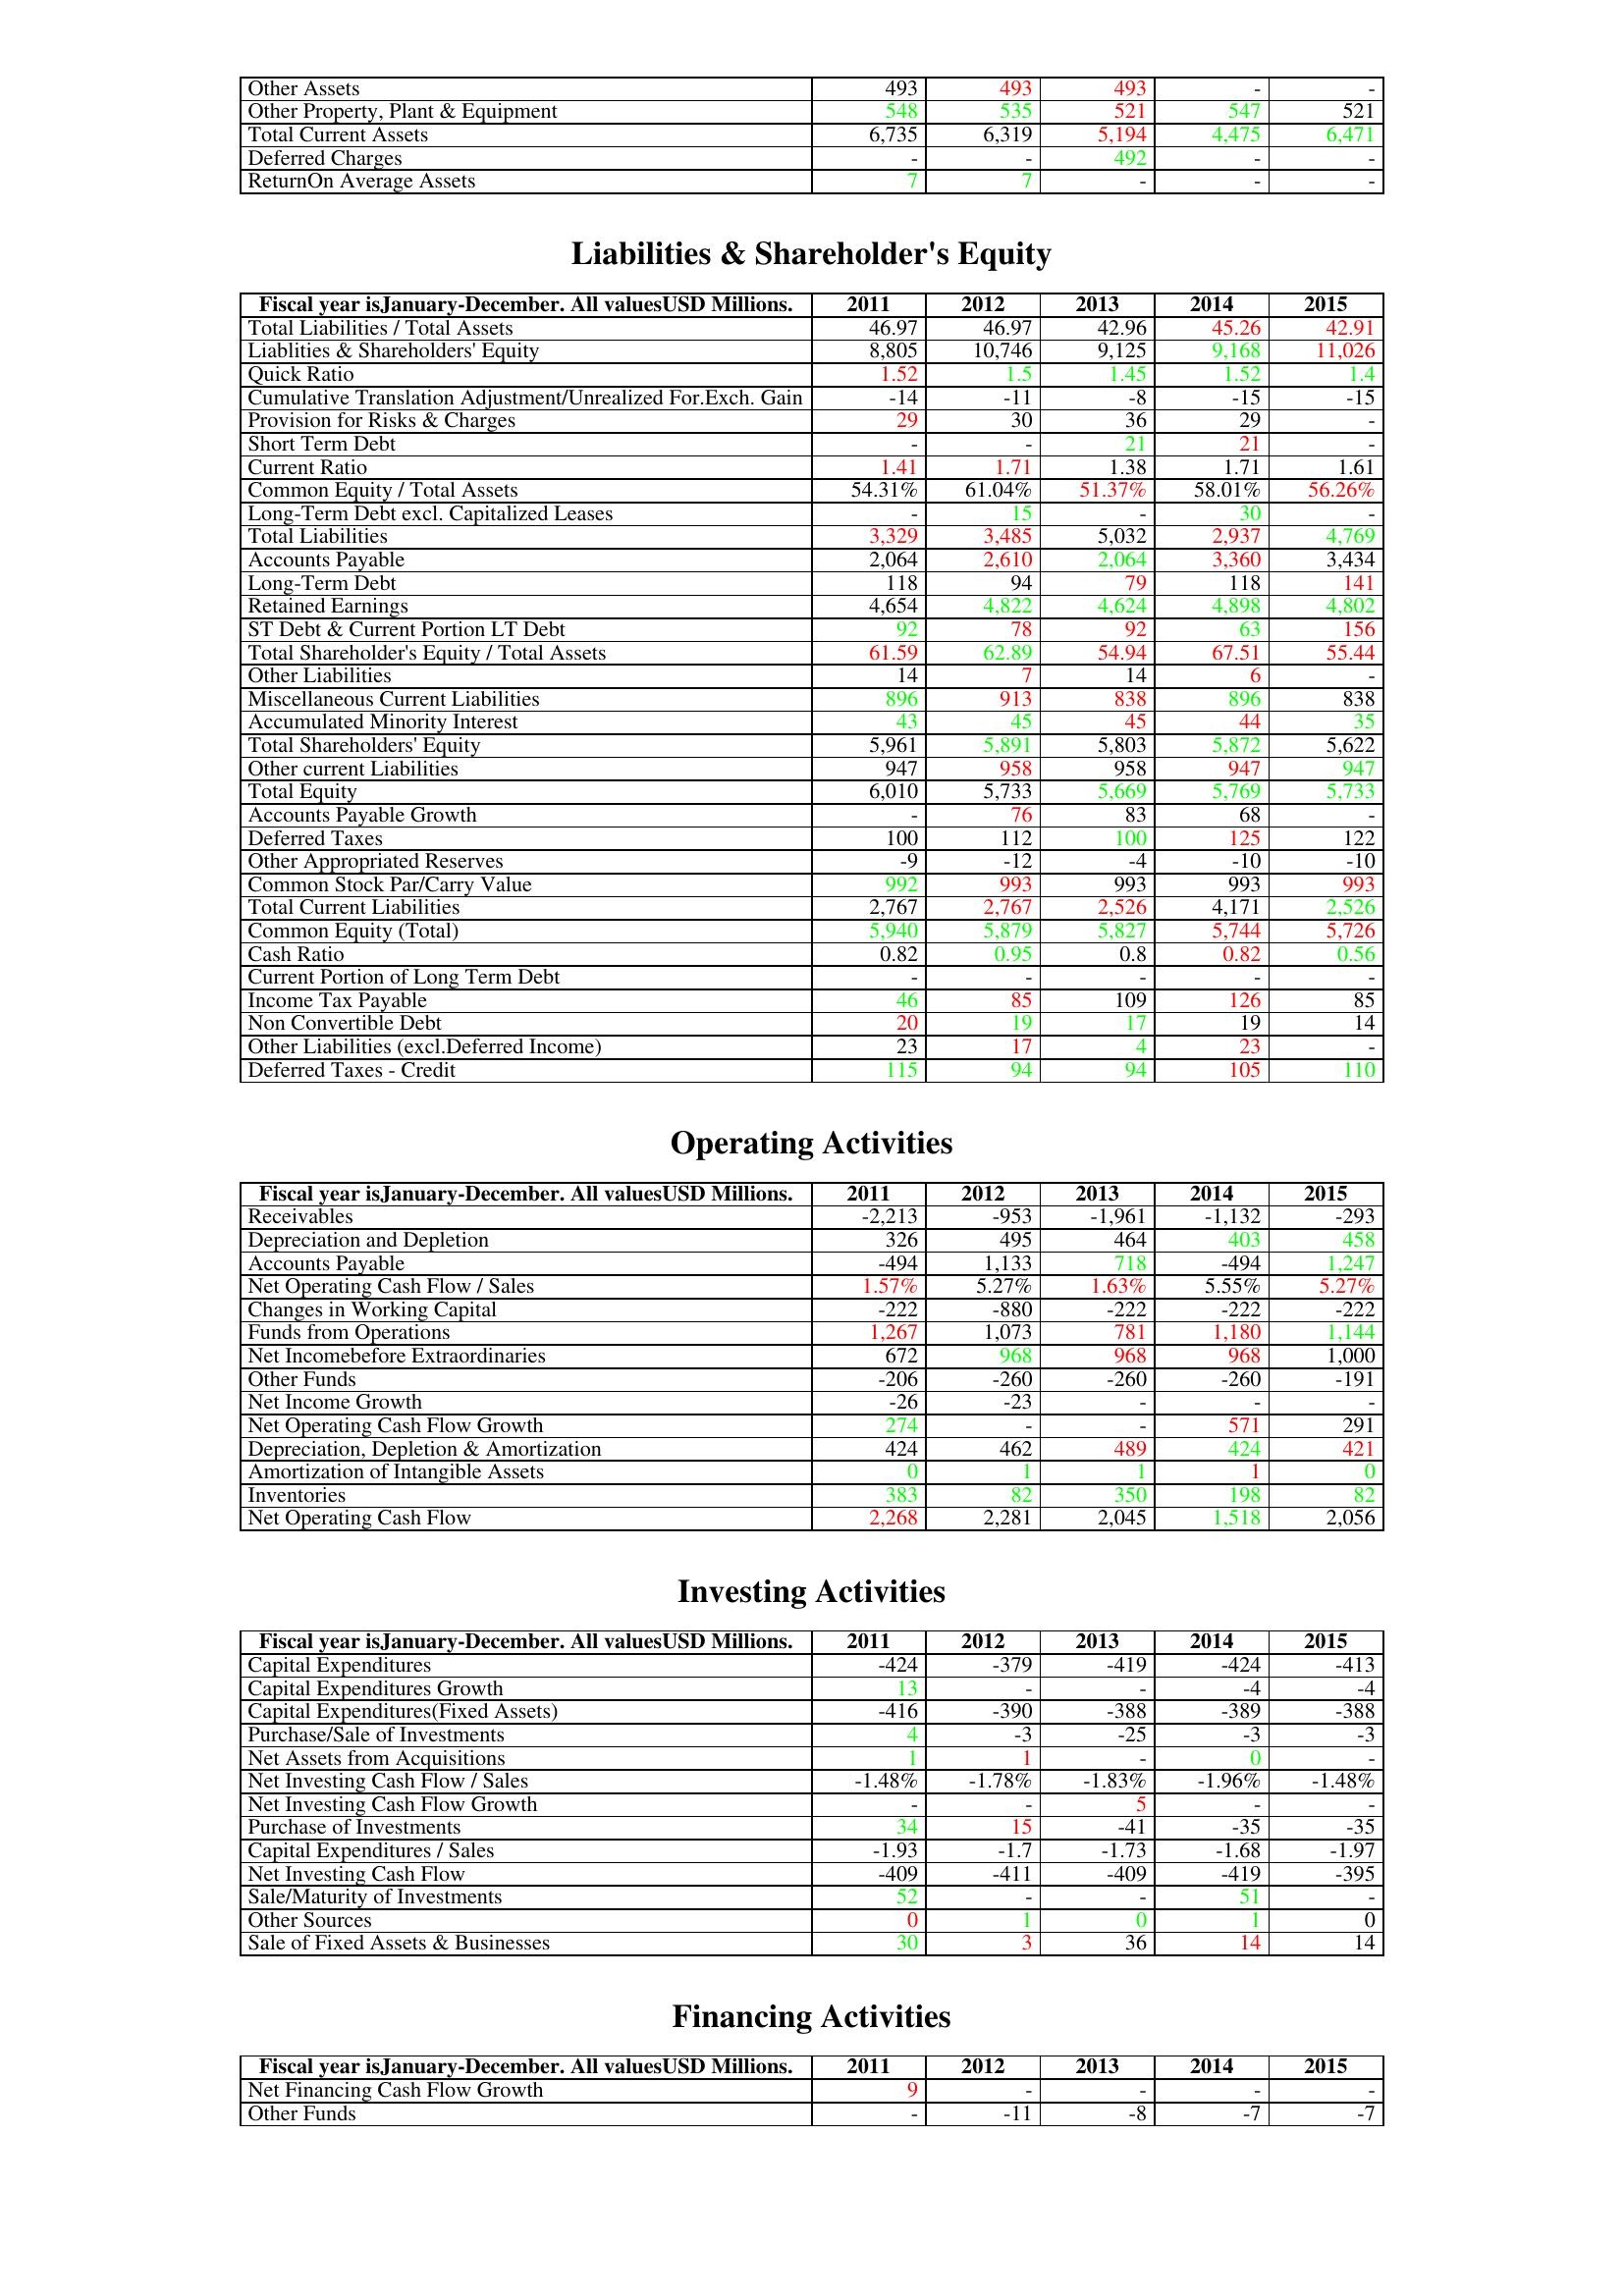
gt_parse: 2011: Assets: Other Assets: 493
Other Property, Plant & Equipment: 548
Total Current Assets: 6,735
Deferred Charges: -
ReturnOn Average Assets: 7
Liabilities & Shareholder's Equity: Total Liabilities / Total Assets: 46.97
Liablities & Shareholders' Equity: 8,805
Quick Ratio: 1.52
Cumulative Translation Adjustment/Unrealized For.Exch. Gain: -14
Provision for Risks & Charges: 29
Short Term Debt: -
Current Ratio: 1.41
Common Equity / Total Assets: 54.31%
Long-Term Debt excl. Capitalized Leases: -
Total Liabilities: 3,329
Accounts Payable: 2,064
Long-Term Debt: 118
Retained Earnings: 4,654
ST Debt & Current Portion LT Debt: 92
Total Shareholder's Equity / Total Assets: 61.59
Other Liabilities: 14
Miscellaneous Current Liabilities: 896
Accumulated Minority Interest: 43
Total Shareholders' Equity: 5,961
Other current Liabilities: 947
Total Equity: 6,010
Accounts Payable Growth: -
Deferred Taxes: 100
Other Appropriated Reserves: -9
Common Stock Par/Carry Value: 992
Total Current Liabilities: 2,767
Common Equity (Total): 5,940
Cash Ratio: 0.82
Current Portion of Long Term Debt: -
Income Tax Payable: 46
Non Convertible Debt: 20
Other Liabilities (excl.Deferred Income): 23
Deferred Taxes - Credit: 115
Operating Activities: Receivables: -2,213
Depreciation and Depletion: 326
Accounts Payable: -494
Net Operating Cash Flow / Sales: 1.57%
Changes in Working Capital: -222
Funds from Operations: 1,267
Net Incomebefore Extraordinaries: 672
Other Funds: -206
Net Income Growth: -26
Net Operating Cash Flow Growth: 274
Depreciation, Depletion & Amortization: 424
Amortization of Intangible Assets: 0
Inventories: 383
Net Operating Cash Flow: 2,268
Investing Activities: Capital Expenditures: -424
Capital Expenditures Growth: 13
Capital Expenditures(Fixed Assets): -416
Purchase/Sale of Investments: 4
Net Assets from Acquisitions: 1
Net Investing Cash Flow / Sales: -1.48%
Net Investing Cash Flow Growth: -
Purchase of Investments: 34
Capital Expenditures / Sales: -1.93
Net Investing Cash Flow: -409
Sale/Maturity of Investments: 52
Other Sources: 0
Sale of Fixed Assets & Businesses: 30
Financing Activities: Net Financing Cash Flow Growth: 9
Other Funds: -
2012: Assets: Other Assets: 493
Other Property, Plant & Equipment: 535
Total Current Assets: 6,319
Deferred Charges: -
ReturnOn Average Assets: 7
Liabilities & Shareholder's Equity: Total Liabilities / Total Assets: 46.97
Liablities & Shareholders' Equity: 10,746
Quick Ratio: 1.5
Cumulative Translation Adjustment/Unrealized For.Exch. Gain: -11
Provision for Risks & Charges: 30
Short Term Debt: -
Current Ratio: 1.71
Common Equity / Total Assets: 61.04%
Long-Term Debt excl. Capitalized Leases: 15
Total Liabilities: 3,485
Accounts Payable: 2,610
Long-Term Debt: 94
Retained Earnings: 4,822
ST Debt & Current Portion LT Debt: 78
Total Shareholder's Equity / Total Assets: 62.89
Other Liabilities: 7
Miscellaneous Current Liabilities: 913
Accumulated Minority Interest: 45
Total Shareholders' Equity: 5,891
Other current Liabilities: 958
Total Equity: 5,733
Accounts Payable Growth: 76
Deferred Taxes: 112
Other Appropriated Reserves: -12
Common Stock Par/Carry Value: 993
Total Current Liabilities: 2,767
Common Equity (Total): 5,879
Cash Ratio: 0.95
Current Portion of Long Term Debt: -
Income Tax Payable: 85
Non Convertible Debt: 19
Other Liabilities (excl.Deferred Income): 17
Deferred Taxes - Credit: 94
Operating Activities: Receivables: -953
Depreciation and Depletion: 495
Accounts Payable: 1,133
Net Operating Cash Flow / Sales: 5.27%
Changes in Working Capital: -880
Funds from Operations: 1,073
Net Incomebefore Extraordinaries: 968
Other Funds: -260
Net Income Growth: -23
Net Operating Cash Flow Growth: -
Depreciation, Depletion & Amortization: 462
Amortization of Intangible Assets: 1
Inventories: 82
Net Operating Cash Flow: 2,281
Investing Activities: Capital Expenditures: -379
Capital Expenditures Growth: -
Capital Expenditures(Fixed Assets): -390
Purchase/Sale of Investments: -3
Net Assets from Acquisitions: 1
Net Investing Cash Flow / Sales: -1.78%
Net Investing Cash Flow Growth: -
Purchase of Investments: 15
Capital Expenditures / Sales: -1.7
Net Investing Cash Flow: -411
Sale/Maturity of Investments: -
Other Sources: 1
Sale of Fixed Assets & Businesses: 3
Financing Activities: Net Financing Cash Flow Growth: -
Other Funds: -11
2013: Assets: Other Assets: 493
Other Property, Plant & Equipment: 521
Total Current Assets: 5,194
Deferred Charges: 492
ReturnOn Average Assets: -
Liabilities & Shareholder's Equity: Total Liabilities / Total Assets: 42.96
Liablities & Shareholders' Equity: 9,125
Quick Ratio: 1.45
Cumulative Translation Adjustment/Unrealized For.Exch. Gain: -8
Provision for Risks & Charges: 36
Short Term Debt: 21
Current Ratio: 1.38
Common Equity / Total Assets: 51.37%
Long-Term Debt excl. Capitalized Leases: -
Total Liabilities: 5,032
Accounts Payable: 2,064
Long-Term Debt: 79
Retained Earnings: 4,624
ST Debt & Current Portion LT Debt: 92
Total Shareholder's Equity / Total Assets: 54.94
Other Liabilities: 14
Miscellaneous Current Liabilities: 838
Accumulated Minority Interest: 45
Total Shareholders' Equity: 5,803
Other current Liabilities: 958
Total Equity: 5,669
Accounts Payable Growth: 83
Deferred Taxes: 100
Other Appropriated Reserves: -4
Common Stock Par/Carry Value: 993
Total Current Liabilities: 2,526
Common Equity (Total): 5,827
Cash Ratio: 0.8
Current Portion of Long Term Debt: -
Income Tax Payable: 109
Non Convertible Debt: 17
Other Liabilities (excl.Deferred Income): 4
Deferred Taxes - Credit: 94
Operating Activities: Receivables: -1,961
Depreciation and Depletion: 464
Accounts Payable: 718
Net Operating Cash Flow / Sales: 1.63%
Changes in Working Capital: -222
Funds from Operations: 781
Net Incomebefore Extraordinaries: 968
Other Funds: -260
Net Income Growth: -
Net Operating Cash Flow Growth: -
Depreciation, Depletion & Amortization: 489
Amortization of Intangible Assets: 1
Inventories: 350
Net Operating Cash Flow: 2,045
Investing Activities: Capital Expenditures: -419
Capital Expenditures Growth: -
Capital Expenditures(Fixed Assets): -388
Purchase/Sale of Investments: -25
Net Assets from Acquisitions: -
Net Investing Cash Flow / Sales: -1.83%
Net Investing Cash Flow Growth: 5
Purchase of Investments: -41
Capital Expenditures / Sales: -1.73
Net Investing Cash Flow: -409
Sale/Maturity of Investments: -
Other Sources: 0
Sale of Fixed Assets & Businesses: 36
Financing Activities: Net Financing Cash Flow Growth: -
Other Funds: -8
2014: Assets: Other Assets: -
Other Property, Plant & Equipment: 547
Total Current Assets: 4,475
Deferred Charges: -
ReturnOn Average Assets: -
Liabilities & Shareholder's Equity: Total Liabilities / Total Assets: 45.26
Liablities & Shareholders' Equity: 9,168
Quick Ratio: 1.52
Cumulative Translation Adjustment/Unrealized For.Exch. Gain: -15
Provision for Risks & Charges: 29
Short Term Debt: 21
Current Ratio: 1.71
Common Equity / Total Assets: 58.01%
Long-Term Debt excl. Capitalized Leases: 30
Total Liabilities: 2,937
Accounts Payable: 3,360
Long-Term Debt: 118
Retained Earnings: 4,898
ST Debt & Current Portion LT Debt: 63
Total Shareholder's Equity / Total Assets: 67.51
Other Liabilities: 6
Miscellaneous Current Liabilities: 896
Accumulated Minority Interest: 44
Total Shareholders' Equity: 5,872
Other current Liabilities: 947
Total Equity: 5,769
Accounts Payable Growth: 68
Deferred Taxes: 125
Other Appropriated Reserves: -10
Common Stock Par/Carry Value: 993
Total Current Liabilities: 4,171
Common Equity (Total): 5,744
Cash Ratio: 0.82
Current Portion of Long Term Debt: -
Income Tax Payable: 126
Non Convertible Debt: 19
Other Liabilities (excl.Deferred Income): 23
Deferred Taxes - Credit: 105
Operating Activities: Receivables: -1,132
Depreciation and Depletion: 403
Accounts Payable: -494
Net Operating Cash Flow / Sales: 5.55%
Changes in Working Capital: -222
Funds from Operations: 1,180
Net Incomebefore Extraordinaries: 968
Other Funds: -260
Net Income Growth: -
Net Operating Cash Flow Growth: 571
Depreciation, Depletion & Amortization: 424
Amortization of Intangible Assets: 1
Inventories: 198
Net Operating Cash Flow: 1,518
Investing Activities: Capital Expenditures: -424
Capital Expenditures Growth: -4
Capital Expenditures(Fixed Assets): -389
Purchase/Sale of Investments: -3
Net Assets from Acquisitions: 0
Net Investing Cash Flow / Sales: -1.96%
Net Investing Cash Flow Growth: -
Purchase of Investments: -35
Capital Expenditures / Sales: -1.68
Net Investing Cash Flow: -419
Sale/Maturity of Investments: 51
Other Sources: 1
Sale of Fixed Assets & Businesses: 14
Financing Activities: Net Financing Cash Flow Growth: -
Other Funds: -7
2015: Assets: Other Assets: -
Other Property, Plant & Equipment: 521
Total Current Assets: 6,471
Deferred Charges: -
ReturnOn Average Assets: -
Liabilities & Shareholder's Equity: Total Liabilities / Total Assets: 42.91
Liablities & Shareholders' Equity: 11,026
Quick Ratio: 1.4
Cumulative Translation Adjustment/Unrealized For.Exch. Gain: -15
Provision for Risks & Charges: -
Short Term Debt: -
Current Ratio: 1.61
Common Equity / Total Assets: 56.26%
Long-Term Debt excl. Capitalized Leases: -
Total Liabilities: 4,769
Accounts Payable: 3,434
Long-Term Debt: 141
Retained Earnings: 4,802
ST Debt & Current Portion LT Debt: 156
Total Shareholder's Equity / Total Assets: 55.44
Other Liabilities: -
Miscellaneous Current Liabilities: 838
Accumulated Minority Interest: 35
Total Shareholders' Equity: 5,622
Other current Liabilities: 947
Total Equity: 5,733
Accounts Payable Growth: -
Deferred Taxes: 122
Other Appropriated Reserves: -10
Common Stock Par/Carry Value: 993
Total Current Liabilities: 2,526
Common Equity (Total): 5,726
Cash Ratio: 0.56
Current Portion of Long Term Debt: -
Income Tax Payable: 85
Non Convertible Debt: 14
Other Liabilities (excl.Deferred Income): -
Deferred Taxes - Credit: 110
Operating Activities: Receivables: -293
Depreciation and Depletion: 458
Accounts Payable: 1,247
Net Operating Cash Flow / Sales: 5.27%
Changes in Working Capital: -222
Funds from Operations: 1,144
Net Incomebefore Extraordinaries: 1,000
Other Funds: -191
Net Income Growth: -
Net Operating Cash Flow Growth: 291
Depreciation, Depletion & Amortization: 421
Amortization of Intangible Assets: 0
Inventories: 82
Net Operating Cash Flow: 2,056
Investing Activities: Capital Expenditures: -413
Capital Expenditures Growth: -4
Capital Expenditures(Fixed Assets): -388
Purchase/Sale of Investments: -3
Net Assets from Acquisitions: -
Net Investing Cash Flow / Sales: -1.48%
Net Investing Cash Flow Growth: -
Purchase of Investments: -35
Capital Expenditures / Sales: -1.97
Net Investing Cash Flow: -395
Sale/Maturity of Investments: -
Other Sources: 0
Sale of Fixed Assets & Businesses: 14
Financing Activities: Net Financing Cash Flow Growth: -
Other Funds: -7